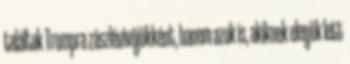
találtak Trumpra zászlóvivőjükként, hanem azok is, akiknek elegük lett